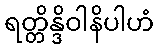
ရတ္တိန္ဒိဝါနိပါဟံ